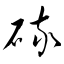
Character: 硫